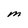
Character: M